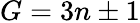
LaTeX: G=3n\pm 1